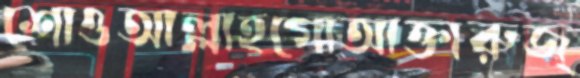
শোওআল্লাহগোআক্তারুজ্